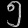
Digit: ၅